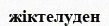
жіктелуден